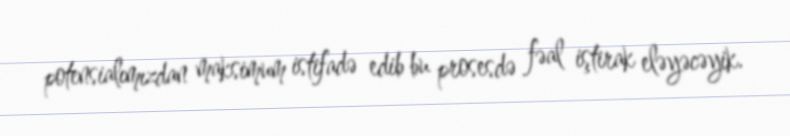
potensialımızdan maksimum istifadə edib bu prosesdə fəal iştirak eləyəcəyik.